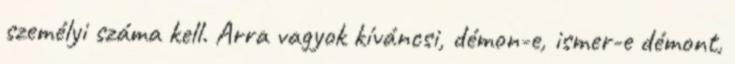
személyi száma kell. Arra vagyok kíváncsi, démon-e, ismer-e démont,